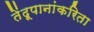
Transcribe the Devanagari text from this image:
तेंदूपानांकरिता